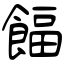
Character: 𩜰